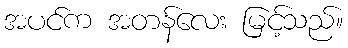
အပင်က အတန်လေး မြင့်သည်။